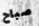
صباح